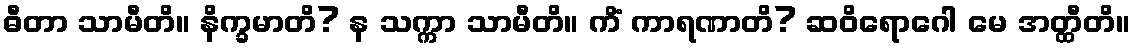
ဓီတာ သာမီတိ။ နိက္ခမာတိ? န သက္ကာ သာမီတိ။ ကိံ ကာရဏာတိ? ဆဝိရောဂေါ မေ အတ္ထီတိ။